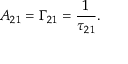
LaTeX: A _ { 2 1 } = \Gamma _ { 2 1 } = { \frac { 1 } { \tau _ { 2 1 } } } .